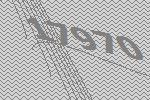
17970